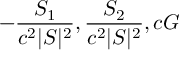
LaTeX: - { \frac { S _ { 1 } } { c ^ { 2 } | S | ^ { 2 } } } , { \frac { S _ { 2 } } { c ^ { 2 } | S | ^ { 2 } } } , c G